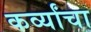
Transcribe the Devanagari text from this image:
कर्व्यांचा